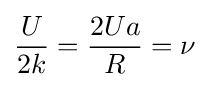
{\frac {U}{2k}}={\frac {2Ua}{R}}=\nu